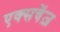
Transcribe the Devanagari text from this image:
एक्सचेंज़